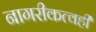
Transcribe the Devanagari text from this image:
नागरीकत्वही